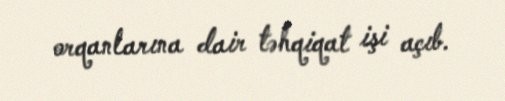
orqanlarına dair təhqiqat işi açıb.